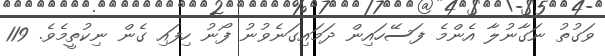
ވަގުތު ނަގާނުލާ އެންމެ ފަސޭހައިން ދަމައިގަނެވުނު ފޯނު ހިފައި ގެން ނިކުތީމެވެ. 119